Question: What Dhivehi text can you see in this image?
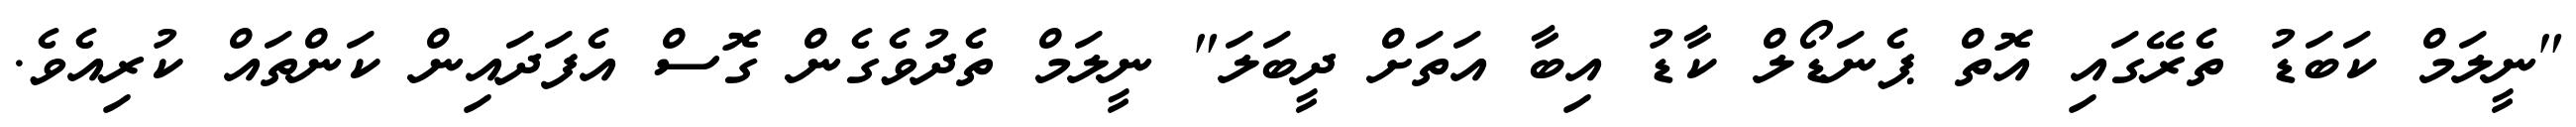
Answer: "ނީލަމް ކަބަޑު ތެރޭގައި އޮތް ޕެނަޑޯލް ކާޑު އިބާ އަތަށް ދީބަލަ" ނީލަމް ތެދުވެގެން ގޮސް އެފަދައިން ކަންތައް ކުރިއެވެ.